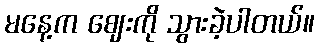
မနေ့က ဈေးကို သွားခဲ့ပါတယ်။